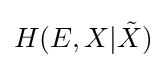
H(E,X|{\tilde {X}})